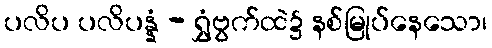
ပလိပ ပလိပန္နံ - ရွှံဗွက်ထဲ၌ နစ်မြုပ်နေသော၊